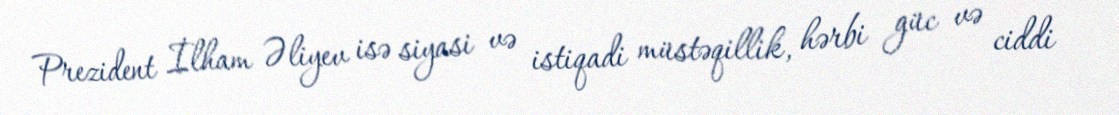
Prezident İlham Əliyev isə siyasi və istiqadi müstəqillik, hərbi güc və ciddi